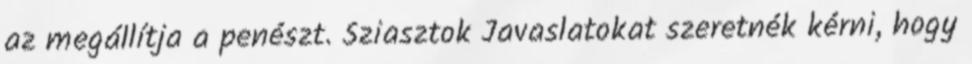
az megállítja a penészt. Sziasztok Javaslatokat szeretnék kérni, hogy